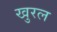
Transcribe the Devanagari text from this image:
खुरल